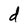
Character: d